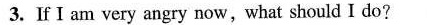
3.If I am very angry now,what should I do?